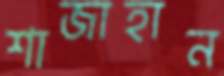
শাজাহান